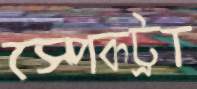
স্পেকট্রা